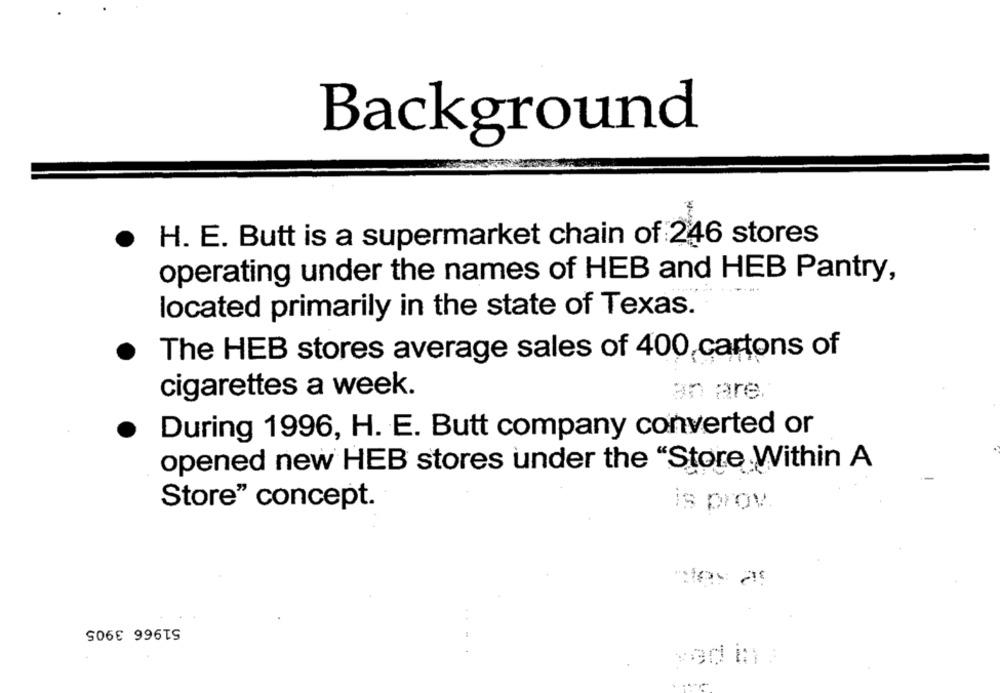
Background
H. E. Butt is a supermarket chain of 246 stores
.
operating under the names of HEB and HEB Pantry,
located primarily in the state of Texas.
The HEB stores average sales of 400,cartons of
cigarettes a week.
an are
During 1996, H. E. Butt company converted or
opened new HEB stores under the "Store Within A
Store" concept.
is prov.
51966 3905